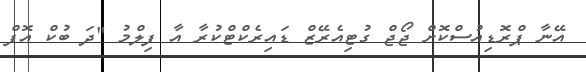
އޭނާ ޕްރޮޑިއުސްކޮށް ޖޯޖް ގުޓިއެރޭޒް ޑައިރެކްޓްކުރާ އާ ފިލްމު "ދަ ބުކް އޮފް